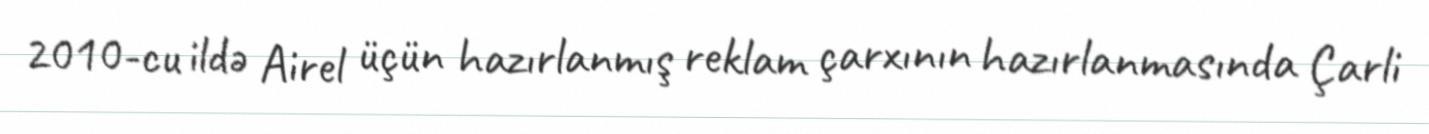
2010-cu ildə Airel üçün hazırlanmış reklam çarxının hazırlanmasında Çarli